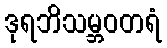
ဒုရဘိသမ္ဘဝတရံ